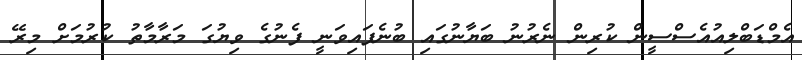
އެމްޑަބްލިއުއެސްސީން ކުރިން ނެރުނު ބަޔާނުގައި ބުނެފައިވަނީ ފެނުގެ ވިޔުގަ މަރާމާތު ކުރުމަށް މިރޭ